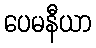
ပေမနီယာ